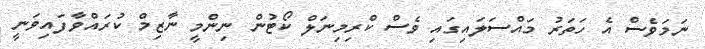
ނަމަވެސް އެ ހަތަރު މައްސަލައިގައި ވެސް ކްރިމިނަލް ކޯޓުން ނިންމީ ނާޒިމް ކުރައްވާފައިވަނީ